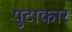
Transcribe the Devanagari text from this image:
पुटाकार